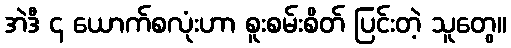
အဲဒီ ၄ ယောက်စလုံးဟာ စူးစမ်းစိတ် ပြင်းတဲ့ သူတွေ။